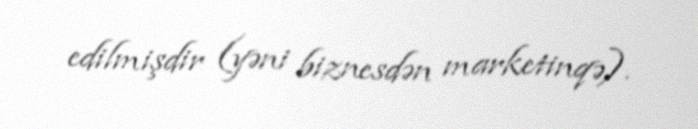
edilmişdir (yəni biznesdən marketinqə).